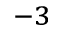
^ { - 3 }